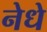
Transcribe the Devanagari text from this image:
नेधे